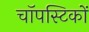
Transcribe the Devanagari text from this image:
चॉपस्टिकों